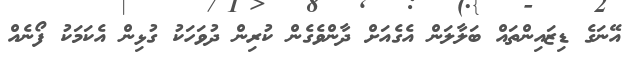
އޭނަގެ ޑިޒައިންތައް ބަލާލަން އެގެއަށް ދާންވެގެން ކުރިން ދުވަހަކު ގުޅިން އެކަމަކު ފޯނެއް